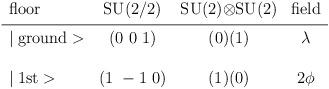
LaTeX: \begin{align*}\begin{array}{lccc}\mbox{floor} & \mbox{SU(2/2)} & \mbox{SU(2)$\otimes$SU(2)} & \mbox{field} \\\noalign{\vskip3pt}\noalign{\hrule}\noalign{\vskip3pt}\mid \mbox{ground}> & (0~0~1) & (0)(1) & \lambda \\\\\mid \mbox{1st}> & (1~-1~0) & (1)(0) & 2\phi \\\\\end{array}\end{align*}